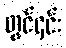
တွင်၎င်း